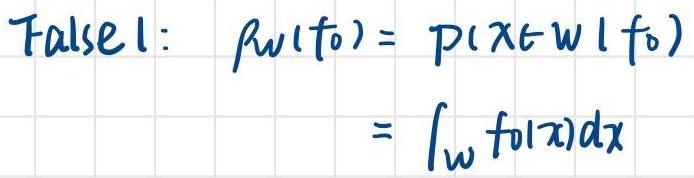
False 1: $P_{W}(f_0) = P(X\in W|f_0)$
\[=\int_{W} f_0(x)dx\]